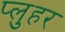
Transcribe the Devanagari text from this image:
प्लुहर